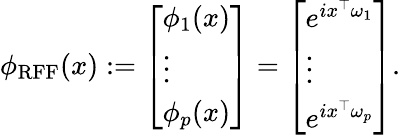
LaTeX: \phi_{\mathrm{RFF}}(x):=\left[\begin{array}{l}{\phi_{1}(x)}\\ {\vdots}\\ {\phi_{p}(x)}\end{array}\right]=\left[\begin{array}{l}{e^{ix^{\top}\omega_{1}}}\\ {\vdots}\\ {e^{ix^{\top}\omega_{p}}}\end{array}\right].